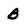
Character: B